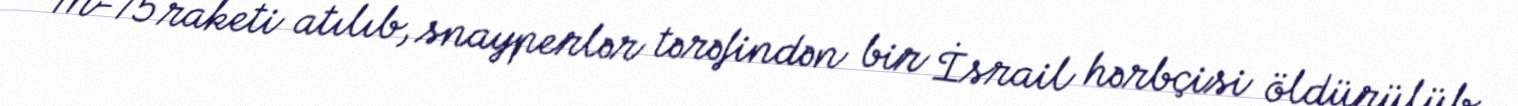
M-75 raketi atılıb, snayperlər tərəfindən bir İsrail hərbçisi öldürülüb.